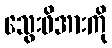
သွေးဖိအားကို